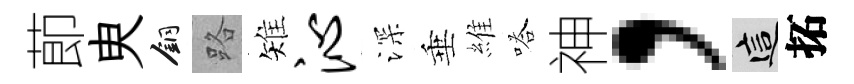
莭㬰銅路雉沁深垂維嗒神，這拓